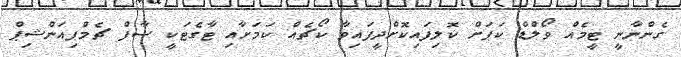
ގެންނާނީ ޓީމެއް ވޯލްޑް ކަަަޕަށް ކޮލިފައިކޮށްދީފައިވާ ކޯޗެއް ކަމަށާއި ޓާގެޓަކީ ސާފް ޗެމްޕިއަންޝިޕް